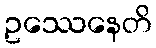
ဥဿေနေတိ